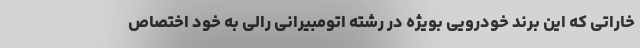
خاراتی که این برند خودرویی بویژه در رشته اتومبیرانی رالی به خود اختصاص